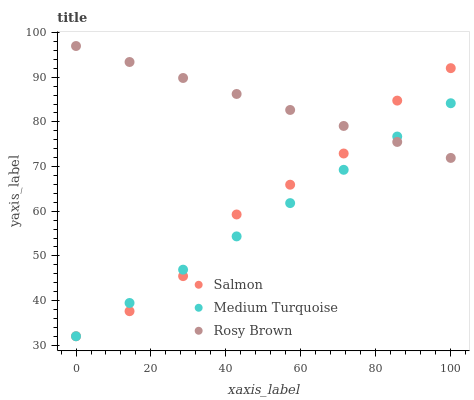
| xaxis_label | Salmon | Medium Turquoise | Rosy Brown |
 | --- | --- | --- | --- |
 | 0 | 32 | 32 | 97 |
 | 14.3 | 37.6 | 39.5 | 93.4 |
 | 28.6 | 45.5 | 46.9 | 89.8 |
 | 42.9 | 59.3 | 54.4 | 86.3 |
 | 57.1 | 65.9 | 61.8 | 82.7 |
 | 71.4 | 72.9 | 69.3 | 79.1 |
 | 85.7 | 84.8 | 76.7 | 75.5 |
 | 100 | 92 | 84.2 | 71.9 |